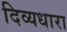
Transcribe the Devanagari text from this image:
दिव्यधारा